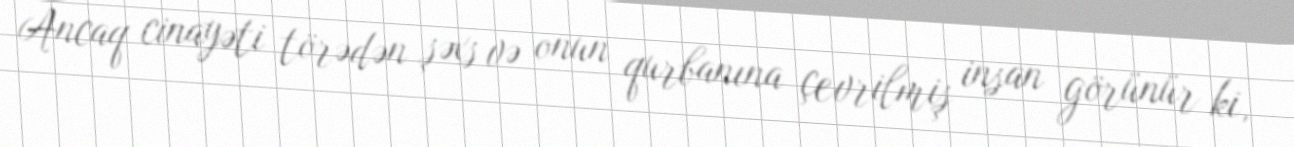
Ancaq cinayəti törədən şəxs və onun qurbanına çevrilmiş insan görünür ki,